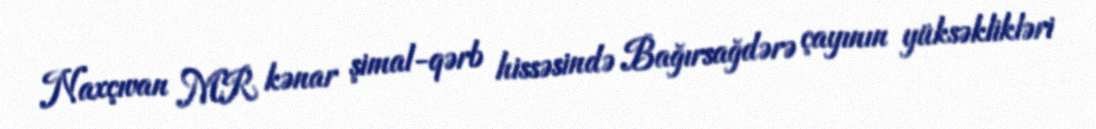
Naxçıvan MR kənar şimal-qərb hissəsində Bağırsağdərə çayının yüksəklikləri